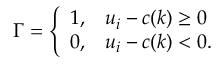
\Gamma = \left\{ \begin{array} { l l } { 1 , } & { u _ { i } - c ( k ) \geq 0 } \\ { 0 , } & { u _ { i } - c ( k ) < 0 . } \end{array} \right.